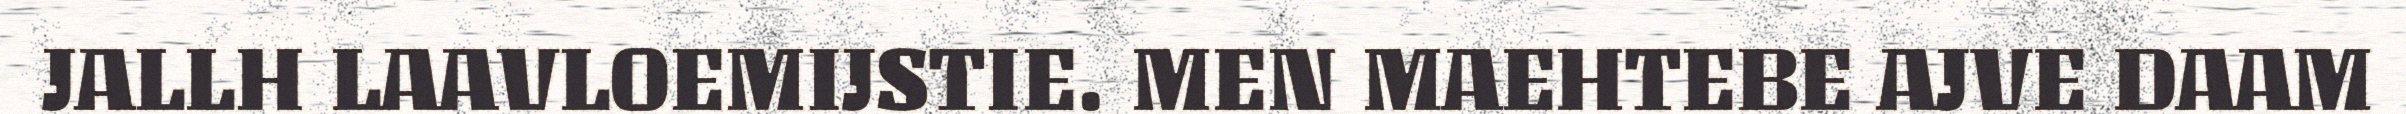
JALLH LAAVLOEMIJSTIE. MEN MAEHTEBE AJVE DAAM